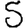
Digit: 5